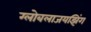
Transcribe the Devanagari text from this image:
ग्लोबलाजयझिंग